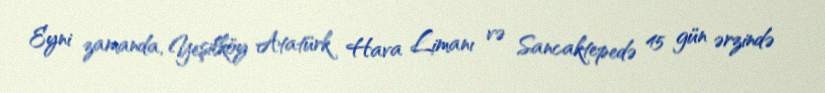
Eyni zamanda, Yeşilköy Atatürk Hava Limanı və Sancaktepedə 45 gün ərzində